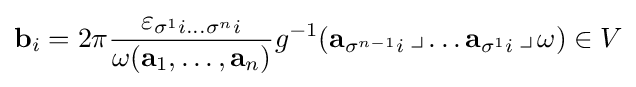
\mathbf {b} _{i}=2\pi {\frac {\varepsilon _{\sigma ^{1}i\ldots \sigma ^{n}i}}{\omega (\mathbf {a} _{1},\ldots ,\mathbf {a} _{n})}}g^{-1}(\mathbf {a} _{\sigma ^{n-1}i}\,\lrcorner \ldots \mathbf {a} _{\sigma ^{1}i}\,\lrcorner \,\omega )\in V